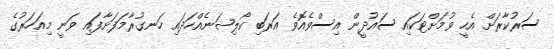
ސަރުކާރަށް އެހީ ވުމަށްޓަކައި ސައުދީން އިސްވެއޮވެ އަރަބި ކޯލިޝަނެއްހަދައި ހަނގުރާމަފަށާފައި ވަނީ މިއަހަރުގެ